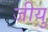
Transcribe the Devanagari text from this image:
जीयु